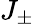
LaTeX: J_{\pm}